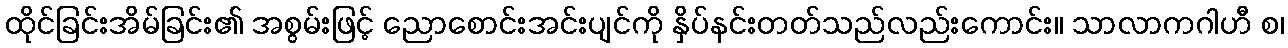
ထိုင်ခြင်းအိမ်ခြင်း၏ အစွမ်းဖြင့် ညောစောင်းအင်းပျင်ကို နှိပ်နင်းတတ်သည်လည်းကောင်း။ သာလာကဂါဟီ စ၊